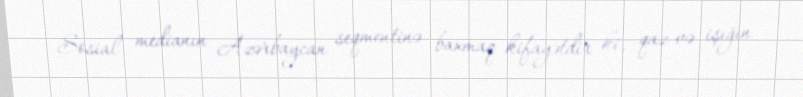
Sosial medianın Azərbaycan seqmentinə baxmaq kifayətdir ki, qaz və işığın